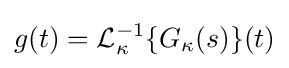
g(t)={\cal {L}}_{\kappa }^{-1}\{G_{\kappa }(s)\}(t)